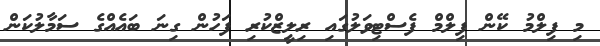
މި ފިލްމު ކޭން ފިލްމް ފެސްޓިވަލުގައި ރިލީޒްކުރި ފަހުން ގިނަ ބައެއްގެ ސަމާލުކަން